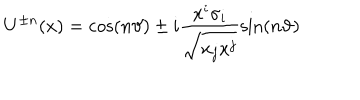
LaTeX: U ^ { \pm n } ( x ) = \cos ( n \vartheta ) \pm i \frac { x ^ { i } \sigma _ { i } } { \sqrt { x _ { j } x ^ { j } } } \sin ( n \vartheta )